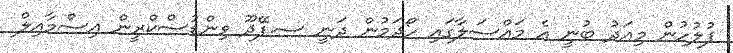
ފުލުހުން މިއަދު ބުނީ އެ މައްސަލާގައި ހޯދަމުން ދަނީ ސ.ފޭދޫ ވިންޑުސްކްރީން އިސްމާއިލް